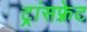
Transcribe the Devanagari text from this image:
ट्रांसफ़्रेट